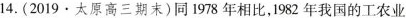
14.(2019·太原高三期末)同1978年相比，1982年我国的工农业